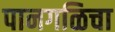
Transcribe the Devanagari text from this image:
पानगळिचा